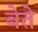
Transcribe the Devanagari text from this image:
बेते